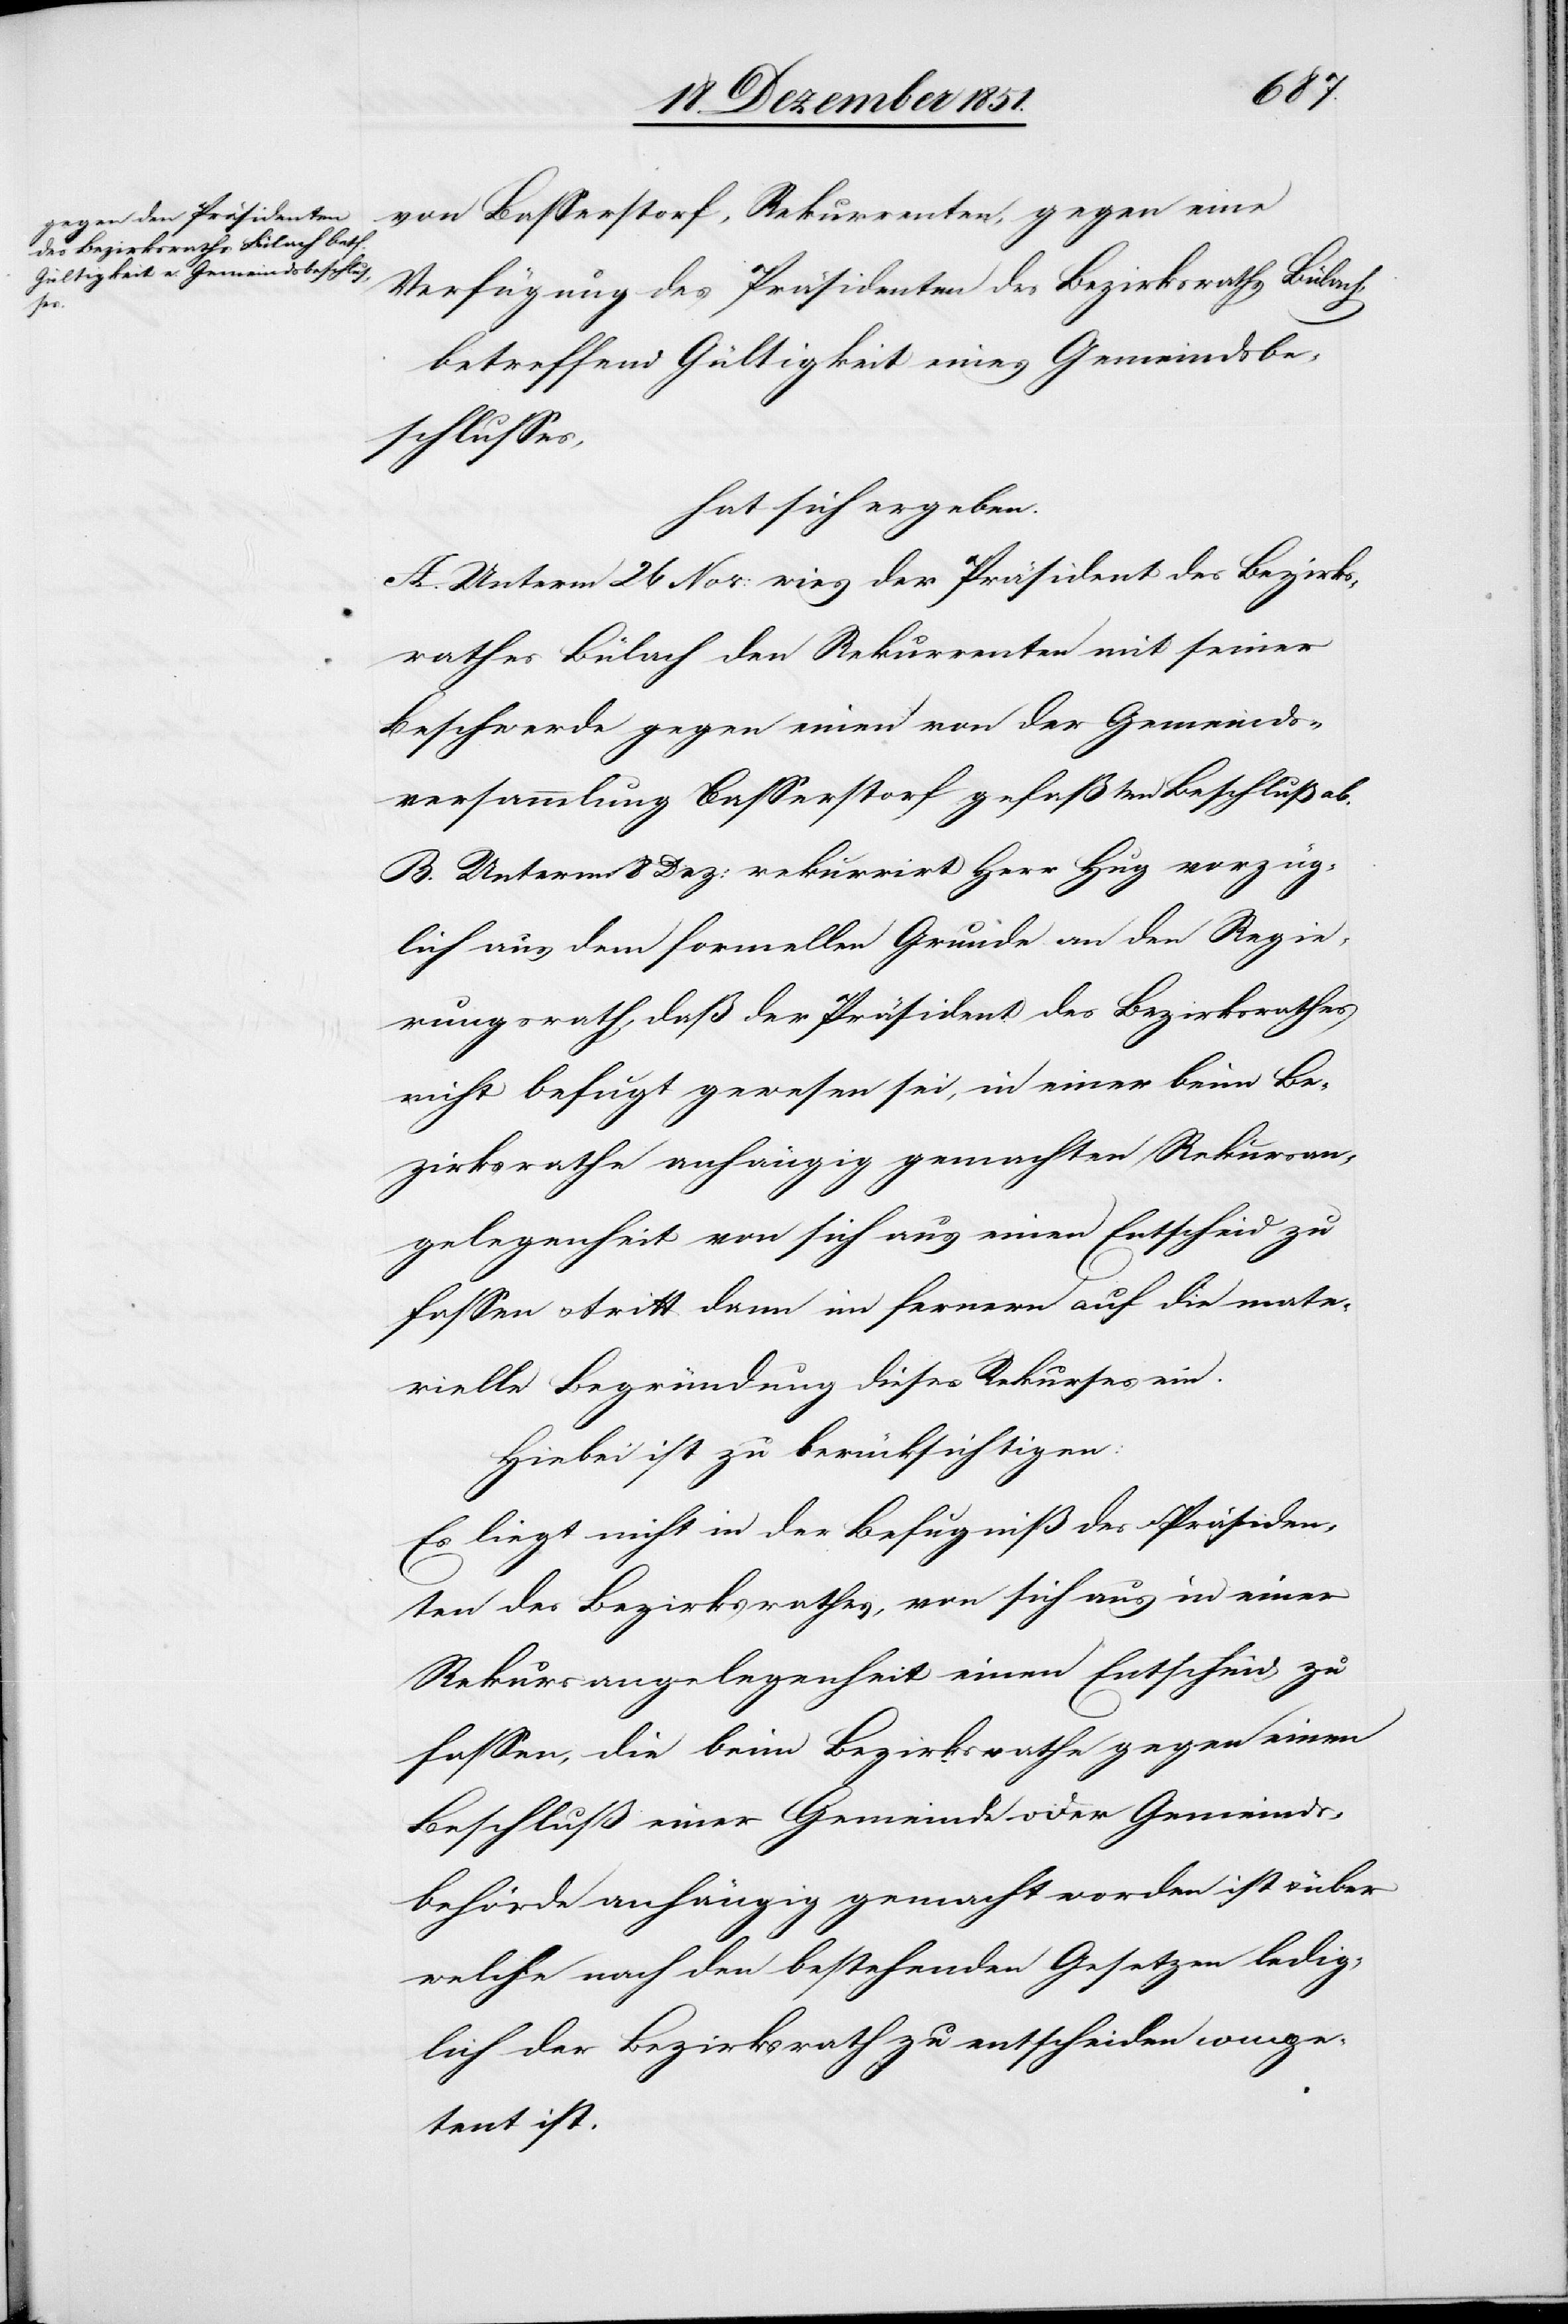
von Basserstorf, Rekurrenten, gegen eine
Verfügung des Präsidenten des Bezirksraths Bülach,
betreffend Gültigkeit eines Gemeindsbe¬
schlusses,
hat sich ergeben.
A. Unterm 26 Nov: wies der Präsident des Bezirks¬
rathes Bülach den Rekurrenten mit seiner
Beschwerde gegen einen von der Gemeinds¬
versammlung Basserstorf gefaßten Beschluß ab.
B. Unterm 8 Dez: rekurrirt Herr Hug vorzüg¬
lich aus dem formellen Grunde an den Regie¬
rungsrath, daß der Präsident des Bezirksrathes
nicht befugt gewesen sei, in einer beim Be¬
zirksrathe anhängig gemachten Rekursan¬
gelegenheit von sich aus einen Entscheid zu
fassen & tritt dann im fernern auf die mate¬
rielle Begründung dieses Rekurses ein.
Hiebei ist zu berücksichtigen:
Es liegt nicht in der Befugniß des Präsiden¬
ten des Bezirksrathes, von sich aus in einer
Rekursangelegenheit einen Entscheid zu
fassen, die beim Bezirksrathe gegen einen
Beschluß einer Gemeinde oder Gemeinds¬
behörde anhängig gemacht worden ist & über
welche nach den bestehenden Gesetzen ledig¬
lich der Bezirksrath zu entscheiden compe¬
tent ist.